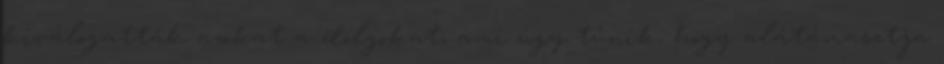
kiválogatták azokat a dolgokat, ami úgy tűnik, hogy alátámasztja